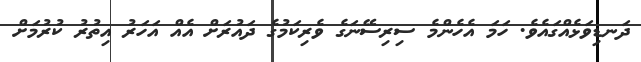
ދަނޑިވަޅެއްގައެވެ. ހަމަ އެހެންމެ ސިރިސޭނަގެ ވެރިކަމުގެ ދައުރަށް އެއް އަހަރު އިތުރު ކުރުމަށް